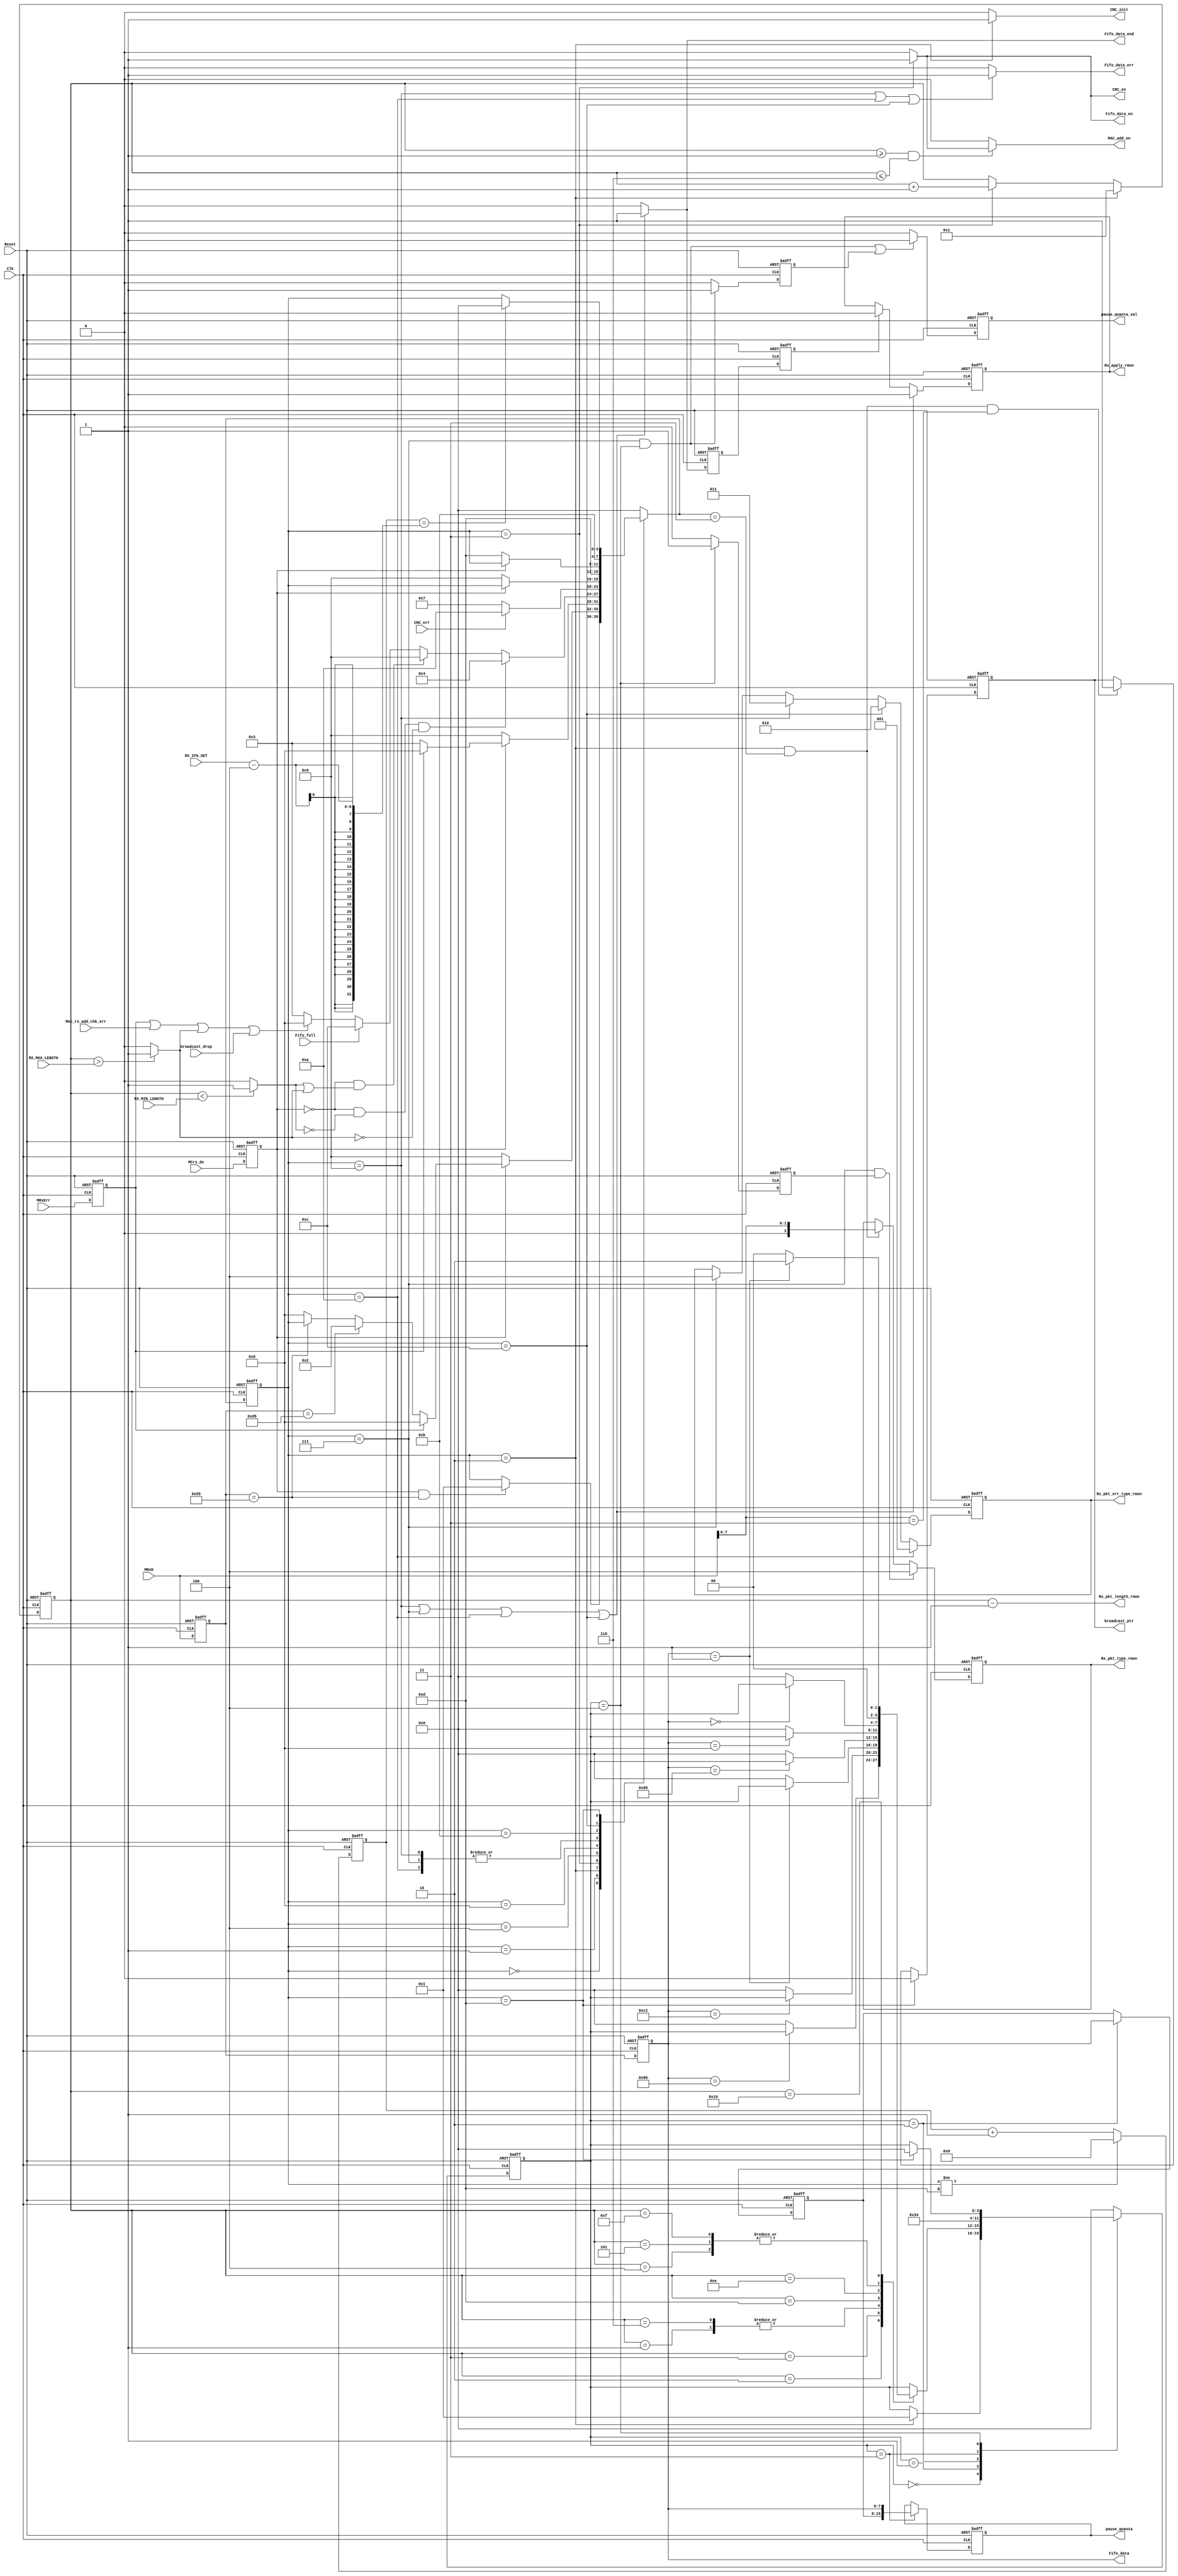
//////////////////////////////////////////////////////////////////////
////                                                              ////
////  MAC_rx_ctrl.v                                               ////
////                                                              ////
////  This file is part of the Ethernet IP core project           ////
////  http://www.opencores.org/projects.cgi/web/ethernet_tri_mode/////
////                                                              ////
////  Author(s):                                                  ////
////      - Jon Gao (gaojon@yahoo.com)                            ////
////                                                              ////
////                                                              ////
//////////////////////////////////////////////////////////////////////
////                                                              ////
//// Copyright (C) 2001 Authors                                   ////
////                                                              ////
//// This source file may be used and distributed without         ////
//// restriction provided that this copyright statement is not    ////
//// removed from the file and that any derivative work contains  ////
//// the original copyright notice and the associated disclaimer. ////
////                                                              ////
//// This source file is free software; you can redistribute it   ////
//// and/or modify it under the terms of the GNU Lesser General   ////
//// Public License as published by the Free Software Foundation; ////
//// either version 2.1 of the License, or (at your option) any   ////
//// later version.                                               ////
////                                                              ////
//// This source is distributed in the hope that it will be       ////
//// useful, but WITHOUT ANY WARRANTY; without even the implied   ////
//// warranty of MERCHANTABILITY or FITNESS FOR A PARTICULAR      ////
//// PURPOSE.  See the GNU Lesser General Public License for more ////
//// details.                                                     ////
////                                                              ////
//// You should have received a copy of the GNU Lesser General    ////
//// Public License along with this source; if not, download it   ////
//// from http://www.opencores.org/lgpl.shtml                     ////
////                                                              ////
//////////////////////////////////////////////////////////////////////
//                                                                    
// CVS Revision History                                               
//                                                                    
// $Log: not supported by cvs2svn $
// Revision 1.3  2006/01/19 14:07:54  maverickist
// verification is complete.
//
// Revision 1.3  2005/12/16 06:44:17  Administrator
// replaced tab with space.
// passed 9.6k length frame test.
//
// Revision 1.2  2005/12/13 12:15:37  Administrator
// no message
//
// Revision 1.1.1.1  2005/12/13 01:51:45  Administrator
// no message
//                                           

module MAC_rx_ctrl (
Reset   ,                                     
Clk     ,                                     
//RMII interface                                    
MCrs_dv ,       //
MRxD    ,       //  
MRxErr  ,       //  
//CRC_chk interface                                 
CRC_en    ,                                 
CRC_init  ,
CRC_err  ,                      
//MAC_rx_add_chk interface                          
MAC_add_en          ,                         
MAC_rx_add_chk_err  ,   
//broadcast_filter     
broadcast_ptr   ,      
broadcast_drop  ,   
//flow_control signals      
pause_quanta        ,       
pause_quanta_val    ,       
//MAC_rx_FF interface                               
Fifo_data       ,                             
Fifo_data_en    ,                             
Fifo_data_err   ,  
Fifo_data_end   ,  
Fifo_full       ,                          
//RMON interface                
Rx_pkt_type_rmon        ,                    
Rx_pkt_length_rmon      ,                     
Rx_apply_rmon           ,                     
Rx_pkt_err_type_rmon    ,                     
//CPU                                         
RX_IFG_SET    ,
RX_MAX_LENGTH,
RX_MIN_LENGTH
);

input           Reset   ;         
input           Clk     ;         
                //RMII interface  
input           MCrs_dv ;                                       
input   [7:0]   MRxD    ;                                       
input           MRxErr  ;                                       
                //CRC_chk interface
output          CRC_en  ;       
output          CRC_init;       
input           CRC_err ;
                //MAC_rx_add_chk interface
output          MAC_add_en          ;
input           MAC_rx_add_chk_err  ;
                //broadcast_filter
output          broadcast_ptr           ;
input           broadcast_drop          ;
                //flow_control signals  
output  [15:0]  pause_quanta        ;   
output          pause_quanta_val    ;   
                //MAC_rx_FF interface
output  [7:0]   Fifo_data       ;
output          Fifo_data_en    ;
output          Fifo_data_err   ;
output          Fifo_data_end   ;
input           Fifo_full;
                //RMON interface
output  [15:0]  Rx_pkt_length_rmon      ;
output          Rx_apply_rmon           ;
output  [2:0]   Rx_pkt_err_type_rmon    ;
output  [2:0]   Rx_pkt_type_rmon        ;
                //CPU
input   [5:0]   RX_IFG_SET    ;
input   [15:0]  RX_MAX_LENGTH   ;// 1518
input   [6:0]   RX_MIN_LENGTH   ;// 64

//******************************************************************************
//internal signals
//******************************************************************************
parameter       State_idle          =4'd00;
parameter       State_preamble      =4'd01;
parameter       State_SFD           =4'd02;
parameter       State_data          =4'd03;
parameter       State_checkCRC      =4'd04;
parameter       State_OkEnd         =4'd07;
parameter       State_drop          =4'd08;
parameter       State_ErrEnd        =4'd09;
parameter       State_CRCErrEnd     =4'd10;
parameter       State_FFFullDrop    =4'd11;
parameter       State_FFFullErrEnd  =4'd12;
parameter       State_IFG           =4'd13;

parameter       Pause_idle          =4'd0;   
parameter       Pause_pre_syn       =4'd1;    
parameter       Pause_quanta_hi     =4'd2;   
parameter       Pause_quanta_lo     =4'd3;   
parameter       Pause_syn           =4'd4;   
                                                  
reg [3:0]       Current_state /* synthesis syn_keep=1 */;                          
reg [3:0]       Next_state; 
reg [3:0]       Pause_current /* synthesis syn_keep=1 */; 
reg [3:0]       Pause_next;                             
reg [5:0]       IFG_counter;   
reg             Crs_dv  ;      
reg [7:0]       RxD ;
reg [7:0]       RxD_dl1 ;
reg             RxErr   ;
reg [15:0]      Frame_length_counter;
reg             Too_long;
reg             Too_short;
reg             Fifo_data_en;
reg             Fifo_data_end;
reg             Fifo_data_err;
reg             CRC_en;
reg             CRC_init;
reg             Rx_apply_rmon;
reg             Rx_apply_rmon_tmp;
reg             Rx_apply_rmon_tmp_pl1;
reg [2:0]       Rx_pkt_err_type_rmon;
reg             MAC_add_en;
reg [2:0]       Rx_pkt_type_rmon;
reg [7:0]       pause_quanta_h      ;
reg [15:0]      pause_quanta        ;
reg             pause_quanta_val    ;
reg             pause_quanta_val_tmp;
reg             pause_frame_ptr     ;
reg             broadcast_ptr           ;
//******************************************************************************
//delay signals                                                          
//******************************************************************************
    
always @ (posedge Reset or posedge Clk)                 
    if (Reset) 
        begin  
            Crs_dv      <=0;
            RxD         <=0;                                                            
            RxErr       <=0; 
        end
    else
        begin  
            Crs_dv      <=MCrs_dv   ;
            RxD         <=MRxD      ;                                                            
            RxErr       <=MRxErr    ; 
        end

always @ (posedge Reset or posedge Clk)                 
    if (Reset) 
        RxD_dl1     <=0;
    else 
        RxD_dl1     <=RxD;
                                   
//******************************************************************************
//State_machine                                                           
//******************************************************************************
                                                    
always @ (posedge Reset or posedge Clk)                 
    if (Reset)                                          
        Current_state   <=State_idle;                   
    else                                    
        Current_state   <=Next_state;                   
                                                        
always @ (*)                                             
        case (Current_state)                            
            State_idle:
                    if (Crs_dv&&RxD==8'h55)                
                        Next_state  =State_preamble;    
                    else                                
                        Next_state  =Current_state;     
            State_preamble:                             
                    if (!Crs_dv)                        
                        Next_state  =State_ErrEnd;      
                    else if (RxErr)                     
                        Next_state  =State_drop;        
                    else if (RxD==8'hd5)                 
                        Next_state  =State_SFD;                 
                    else if (RxD==8'h55)                
                        Next_state  =Current_state;     
                    else                                
                        Next_state  =State_drop;        
            State_SFD:                                  
                    if (!Crs_dv)                        
                        Next_state  =State_ErrEnd;      
                    else if (RxErr)                     
                        Next_state  =State_drop;        
                    else                                
                        Next_state  =State_data;       
            State_data:                                
                    if (!Crs_dv&&!Too_short&&!Too_long)                        
                        Next_state  =State_checkCRC;   
                    else if (!Crs_dv&&(Too_short||Too_long))
                        Next_state  =State_ErrEnd;
                    else if (Fifo_full)
                        Next_state  =State_FFFullErrEnd;
                    else if (RxErr||MAC_rx_add_chk_err||Too_long||broadcast_drop)                     
                        Next_state  =State_drop;        
                    else                                
                        Next_state  =State_data;       
            State_checkCRC:
                     if (CRC_err)
                        Next_state  =State_CRCErrEnd;
                     else
                        Next_state  =State_OkEnd; 
            State_drop:                                 
                    if (!Crs_dv)                        
                        Next_state  =State_ErrEnd;      
                    else                                
                        Next_state  =Current_state;     
            State_OkEnd:                                
                        Next_state  =State_IFG;         
            State_ErrEnd:                               
                        Next_state  =State_IFG;       
                                                                            
            State_CRCErrEnd:                               
                        Next_state  =State_IFG;   
            State_FFFullDrop:
                    if (!Crs_dv)                        
                        Next_state  =State_IFG;     
                    else                                
                        Next_state  =Current_state;                                                
            State_FFFullErrEnd:
                        Next_state  =State_FFFullDrop;                                        
            State_IFG:                                  
                    if (IFG_counter==RX_IFG_SET-4)   //remove some additional time     
                        Next_state  =State_idle;        
                    else                                
                        Next_state  =Current_state;     
                                                        
            default:                                    
                        Next_state  =State_idle;        
        endcase                                         
                     
                                                        
always @ (posedge Reset or posedge Clk)                 
    if (Reset)                                          
        IFG_counter     <=0;   
    else if (Current_state!=State_IFG)
        IFG_counter     <=0;                                
    else 
        IFG_counter     <=IFG_counter + 1;
//******************************************************************************
//gen fifo interface signals                                                     
//******************************************************************************                     

assign  Fifo_data   =RxD_dl1;       

always @(Current_state)
    if  (Current_state==State_data)
        Fifo_data_en        =1;
    else
        Fifo_data_en        =0;
        
always @(Current_state)
    if  (Current_state==State_ErrEnd||Current_state==State_OkEnd
         ||Current_state==State_CRCErrEnd||Current_state==State_FFFullErrEnd)
        Fifo_data_end       =1;
    else
        Fifo_data_end       =0;

always @(Current_state)
    if  (Current_state==State_ErrEnd||Current_state==State_CRCErrEnd||Current_state==State_FFFullErrEnd)
        Fifo_data_err       =1;
    else
        Fifo_data_err       =0;     

//******************************************************************************
//CRC_chk interface                                               
//****************************************************************************** 

always @(Current_state)
    if (Current_state==State_data)
        CRC_en  =1;
    else
        CRC_en  =0;
        
always @(Current_state)
    if (Current_state==State_SFD)
        CRC_init    =1;
    else
        CRC_init    =0;
        
//******************************************************************************
//gen rmon signals                                         
//******************************************************************************    
always @ (posedge Clk or posedge Reset)
    if (Reset)  
        Frame_length_counter        <=0;
    else if (Current_state==State_SFD)
        Frame_length_counter        <=1;
    else if (Current_state==State_data)
        Frame_length_counter        <=Frame_length_counter+ 1'b1;
        
always @ (Frame_length_counter or RX_MIN_LENGTH)
    if (Frame_length_counter<RX_MIN_LENGTH)
        Too_short   =1;
    else
        Too_short   =0;
        
always @ (*)
    if (Frame_length_counter>RX_MAX_LENGTH)
        Too_long    =1;
    else
        Too_long    =0;
        
assign Rx_pkt_length_rmon=Frame_length_counter-1'b1;

always @ (posedge Clk or posedge Reset)
    if (Reset)
        Rx_apply_rmon_tmp   <=0; 
    else if (Current_state==State_OkEnd||Current_state==State_ErrEnd
        ||Current_state==State_CRCErrEnd||Current_state==State_FFFullErrEnd)
        Rx_apply_rmon_tmp   <=1;        
    else
        Rx_apply_rmon_tmp   <=0; 
        
always @ (posedge Clk or posedge Reset)
    if (Reset)
        Rx_apply_rmon_tmp_pl1   <=0;
    else
        Rx_apply_rmon_tmp_pl1   <=Rx_apply_rmon_tmp;        

always @ (posedge Clk or posedge Reset)
    if (Reset)
        Rx_apply_rmon   <=0; 
    else if (Current_state==State_OkEnd||Current_state==State_ErrEnd
        ||Current_state==State_CRCErrEnd||Current_state==State_FFFullErrEnd)
        Rx_apply_rmon   <=1;        
    else if (Rx_apply_rmon_tmp_pl1)
        Rx_apply_rmon   <=0; 
        
always @ (posedge Clk or posedge Reset)
    if (Reset)
        Rx_pkt_err_type_rmon    <=0;
    else if (Current_state==State_CRCErrEnd)
        Rx_pkt_err_type_rmon    <=3'b001    ;//
    else if (Current_state==State_FFFullErrEnd)
        Rx_pkt_err_type_rmon    <=3'b010    ;// 
    else if (Current_state==State_ErrEnd)
        Rx_pkt_err_type_rmon    <=3'b011    ;//
    else if(Current_state==State_OkEnd)
        Rx_pkt_err_type_rmon    <=3'b100    ;


        
always @ (posedge Clk or posedge Reset)
    if (Reset)
        Rx_pkt_type_rmon        <=0;
    else if (Current_state==State_OkEnd&&pause_frame_ptr)
        Rx_pkt_type_rmon        <=3'b100    ;//
    else if(Current_state==State_SFD&&Next_state==State_data)
        Rx_pkt_type_rmon        <={1'b0,MRxD[7:6]};

always @ (posedge Clk or posedge Reset)
    if (Reset)
        broadcast_ptr   <=0;
    else if(Current_state==State_IFG)
        broadcast_ptr   <=0;
    else if(Current_state==State_SFD&&Next_state==State_data&&MRxD[7:6]==2'b11)
        broadcast_ptr   <=1;

        
    
//******************************************************************************
//MAC add checker signals                                                              
//******************************************************************************
always @ (Frame_length_counter or Fifo_data_en)
    if(Frame_length_counter>=1&&Frame_length_counter<=6)
        MAC_add_en  <=Fifo_data_en;
    else
        MAC_add_en  <=0;

//******************************************************************************
//flow control signals                                                            
//******************************************************************************
always @ (posedge Clk or posedge Reset)
    if (Reset)
        Pause_current   <=Pause_idle;
    else
        Pause_current   <=Pause_next;
        
always @ (*)
    case (Pause_current)
        Pause_idle  : 
            if(Current_state==State_SFD)
                Pause_next  =Pause_pre_syn;
            else
                Pause_next  =Pause_current;
        Pause_pre_syn:
            case (Frame_length_counter)
                16'd1:  if (RxD_dl1==8'h01)
                            Pause_next  =Pause_current;
                        else
                            Pause_next  =Pause_idle;
                16'd2:  if (RxD_dl1==8'h80)
                            Pause_next  =Pause_current;
                        else
                            Pause_next  =Pause_idle;            
                16'd3:  if (RxD_dl1==8'hc2)
                            Pause_next  =Pause_current;
                        else
                            Pause_next  =Pause_idle;
                16'd4:  if (RxD_dl1==8'h00)
                            Pause_next  =Pause_current;
                        else
                            Pause_next  =Pause_idle;
                16'd5:  if (RxD_dl1==8'h00)
                            Pause_next  =Pause_current;
                        else
                            Pause_next  =Pause_idle;
                16'd6:  if (RxD_dl1==8'h01)
                            Pause_next  =Pause_current;
                        else
                            Pause_next  =Pause_idle;
                16'd13: if (RxD_dl1==8'h88)
                            Pause_next  =Pause_current;
                        else
                            Pause_next  =Pause_idle;
                16'd14: if (RxD_dl1==8'h08)
                            Pause_next  =Pause_current;
                        else
                            Pause_next  =Pause_idle;
                16'd15: if (RxD_dl1==8'h00)
                            Pause_next  =Pause_current;
                        else
                            Pause_next  =Pause_idle;
                16'd16: if (RxD_dl1==8'h01)
                            Pause_next  =Pause_quanta_hi;
                        else
                            Pause_next  =Pause_idle;
                default:    Pause_next  =Pause_current;
            endcase
        Pause_quanta_hi :
            Pause_next  =Pause_quanta_lo;
        Pause_quanta_lo :
            Pause_next  =Pause_syn; 
        Pause_syn       :
            if (Current_state==State_IFG)
                Pause_next  =Pause_idle;
            else
                Pause_next  =Pause_current;
        default
            Pause_next  =Pause_idle;
    endcase

always @ (posedge Clk or posedge Reset)
    if (Reset)
        pause_quanta_h      <=0;
    else if(Pause_current==Pause_quanta_hi)
        pause_quanta_h      <=RxD_dl1;
        
always @ (posedge Clk or posedge Reset)
    if (Reset)
        pause_quanta        <=0;
    else if(Pause_current==Pause_quanta_lo)
        pause_quanta        <={pause_quanta_h,RxD_dl1};
        
always @ (posedge Clk or posedge Reset)
    if (Reset)      
        pause_quanta_val_tmp    <=0;
    else if(Current_state==State_OkEnd&&Pause_current==Pause_syn)
        pause_quanta_val_tmp    <=1;
    else
        pause_quanta_val_tmp    <=0;
        
always @ (posedge Clk or posedge Reset)
    if (Reset)      
        pause_quanta_val    <=0;
    else if(Current_state==State_OkEnd&&Pause_current==Pause_syn||pause_quanta_val_tmp)
        pause_quanta_val    <=1;
    else
        pause_quanta_val    <=0;        
    
always @ (posedge Clk or posedge Reset)
    if (Reset)  
        pause_frame_ptr     <=0;
    else if(Pause_current==Pause_syn)
        pause_frame_ptr     <=1;
    else
        pause_frame_ptr     <=0;
                
endmodule